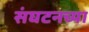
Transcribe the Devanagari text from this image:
संघटनच्या